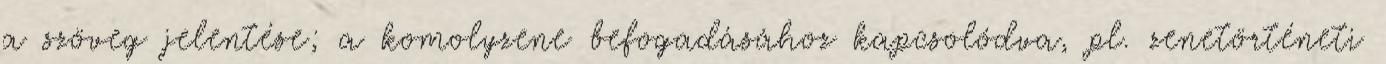
a szöveg jelentése; a komolyzene befogadásához kapcsolódva, pl. zenetörténeti